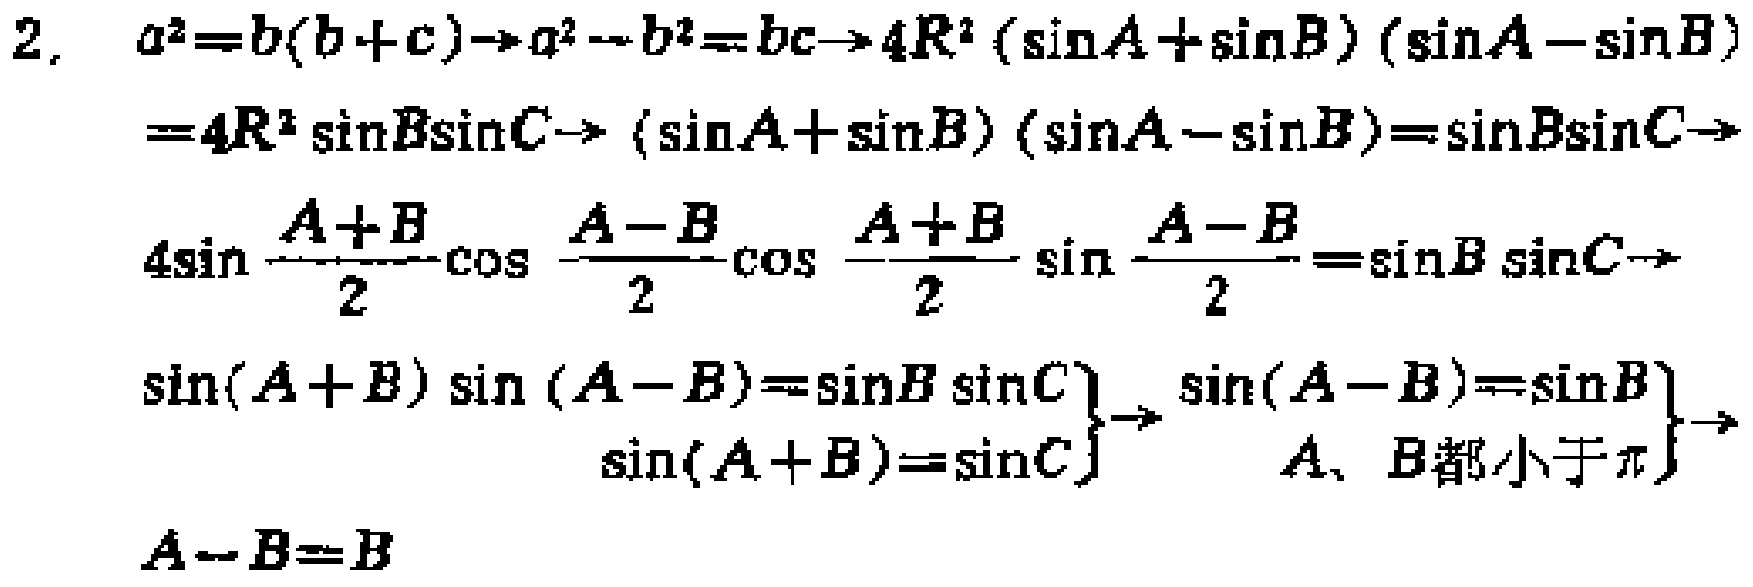
\[
\begin{align*}
&a^{2}=b(b + c)\to a^{2}-b^{2}=bc\to4R^{2}(\sin A+\sin B)(\sin A - \sin B)\\
=&4R^{2}\sin B\sin C\to(\sin A+\sin B)(\sin A - \sin B)=\sin B\sin C\to\\
&4\sin\frac{A + B}{2}\cos\frac{A - B}{2}\cos\frac{A + B}{2}\sin\frac{A - B}{2}=\sin B\sin C\to\\
&\left.\begin{array}{l}
\sin(A + B)\sin(A - B)=\sin B\sin C\\
\sin(A + B)=\sin C
\end{array}\right\}\to\left.\begin{array}{l}
\sin(A - B)=\sin B\\
A、B都小于\pi
\end{array}\right\}\to\\
&A - B=B
\end{align*}
\]